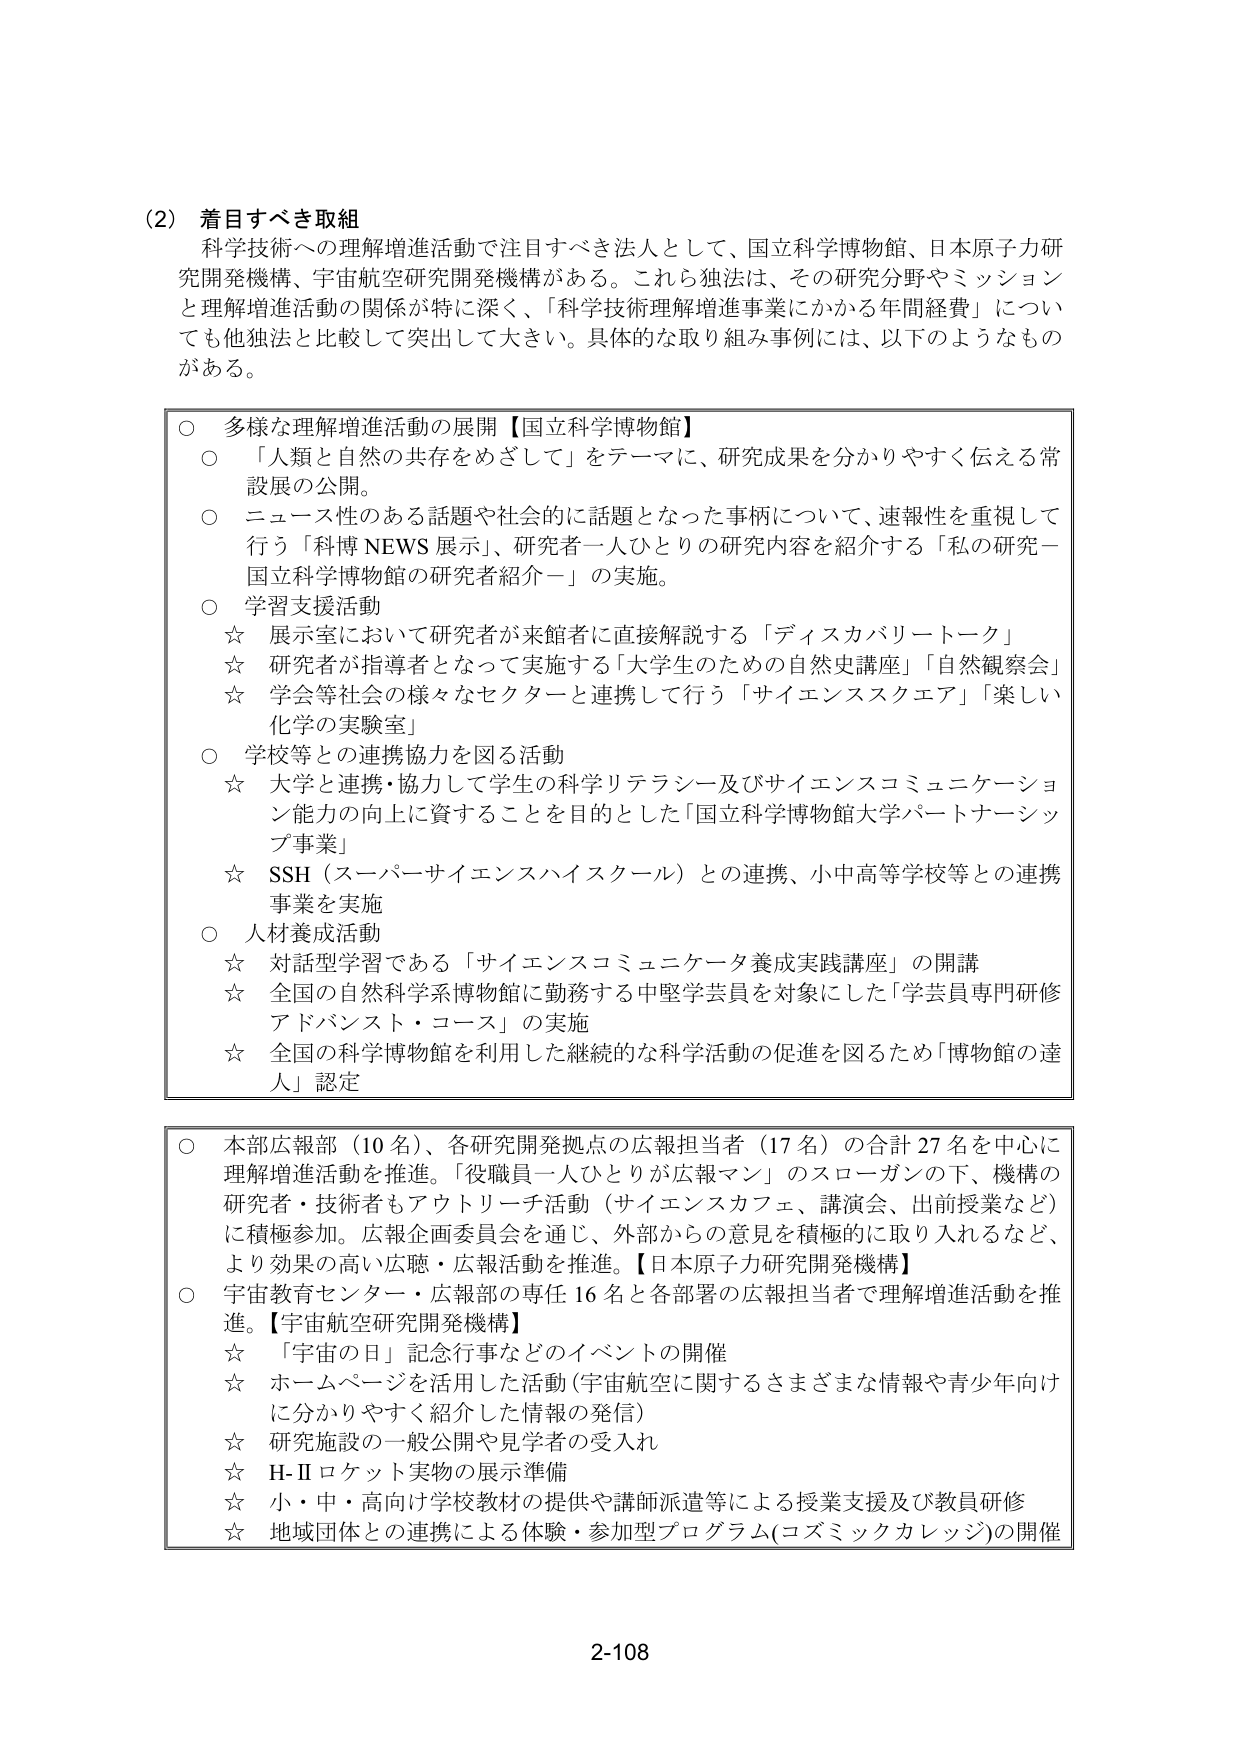
(2) 着目すべき取組
科学技術への理解増進活動で注目すべき法人として、国立科学博物館、日本原子力研究開発機構、宇宙航空研究開発機構がある。これら独法は、その研究分野やミッションと理解増進活動の関係が特に深く、「科学技術理解増進事業にかかる年間経費」についても他独法と比較して突出して大きい。具体的な取り組み事例には、以下のようなものがある。

○ 多様な理解増進活動の展開【国立科学博物館】
○ 「人類と自然の共存をめざして」をテーマに、研究成果を分かりやすく伝える常設展の公開。
○ ニュース性のある話題や社会的に話題となった事柄について、速報性を重視して行う「科博 NEWS 展示」、研究者一人ひとりの研究内容を紹介する「私の研究－国立科学博物館の研究者紹介－」の実施。
○ 学習支援活動
☆ 展示室において研究者が来館者に直接解説する「ディスカバリートーク」
☆ 研究者が指導者となって実施する「大学生のための自然史講座」「自然観察会」
☆ 学会等社会の様々なセクターと連携して行う「サイエンススクエア」「楽しい化学の実験室」
○ 学校等との連携協力を図る活動
☆ 大学と連携・協力して学生の科学リテラシー及びサイエンスコミュニケーション能力の向上に資することを目的とした「国立科学博物館大学パートナーシップ事業」
☆ SSH（スーパーサイエンスハイスクール）との連携、小中高等学校等との連携事業を実施
○ 人材養成活動
☆ 対話型学習である「サイエンスコミュニケータ養成実践講座」の開講
☆ 全国の自然科学系博物館に勤務する中堅学芸員を対象にした「学芸員専門研修アドバンスト・コース」の実施
☆ 全国の科学博物館を利用した継続的な科学活動の促進を図るため「博物館の達人」認定

○ 本部広報部（10 名）、各研究開発拠点の広報担当者（17 名）の合計 27 名を中心に理解増進活動を推進。「役職員一人ひとりが広報マン」のスローガンの下、機構の研究者・技術者もアウトリーチ活動（サイエンスカフェ、講演会、出前授業など）に積極参加。広報企画委員会を通じ、外部からの意見を積極的に取り入れるなど、より効果の高い広聴・広報活動を推進。【日本原子力研究開発機構】
○ 宇宙教育センター・広報部の専任 16 名と各部署の広報担当者で理解増進活動を推進。【宇宙航空研究開発機構】
☆ 「宇宙の日」記念行事などのイベントの開催
☆ ホームページを活用した活動（宇宙航空に関するさまざまな情報や青少年向けに分かりやすく紹介した情報の発信）
☆ 研究施設の一般公開や見学者の受入れ
☆ H-II ロケット実物の展示準備
☆ 小・中・高向け学校教材の提供や講師派遣等による授業支援及び教員研修
☆ 地域団体との連携による体験・参加型プログラム（コズミックカレッジ）の開催

2-108